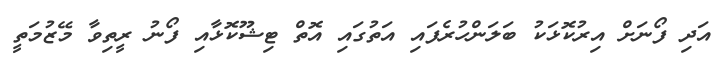
އަދި ފޯނަށް އިރުކޮޅަކު ބަލަންހުރެފައި އަތުގައި އޮތް ޓިޝޫކޮޅާއި ފޯނު ރީތިވާ މޭޒުމަތީ